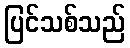
ပြင်သစ်သည်